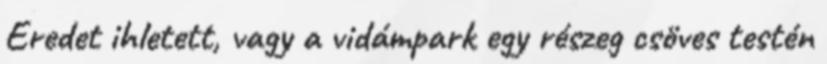
Eredet ihletett, vagy a vidámpark egy részeg csöves testén